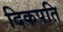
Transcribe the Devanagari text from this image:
दिकपति